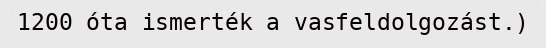
1200 óta ismerték a vasfeldolgozást.)